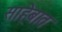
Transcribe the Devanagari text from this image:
साहेबात